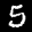
Label: 5